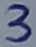
Text: 3